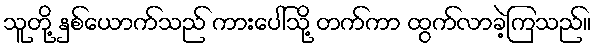
သူတို့ နှစ်ယောက်သည် ကားပေါ်သို့ တက်ကာ ထွက်လာခဲ့ကြသည်။